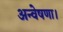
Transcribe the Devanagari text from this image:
अन्वेषणा।